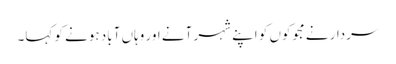
سردار نے مجوکوں کو اپنے شہر آنے اور وہاں آباد ہونے کو کہا۔